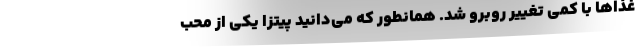
غذاها با کمی تغییر روبرو شد. همانطور که می‌دانید پیتزا یکی از محب